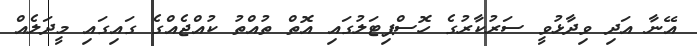
އޭނާ އަދި ވިދާޅުވީ ސަރުކާރުގެ ހޮސްޕިޓަލުގައި އޮތް ތުއްތު ކުއްޖެއްގެ ގައިގައި މީދަލެއް